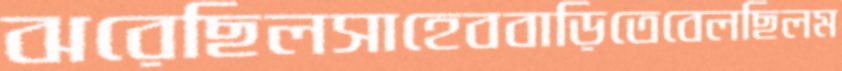
ঝরেছিলসাহেববাড়িতেবেলছিলম